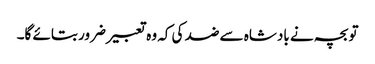
تو بچہ نے بادشاہ سے ضد کی کہ وہ تعبیر ضرور بتائے گا۔